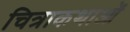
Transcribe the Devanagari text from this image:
चित्राकथाओं